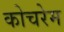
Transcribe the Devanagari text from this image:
कोचरेम